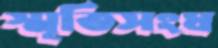
স্মৃতিসংঘ